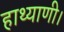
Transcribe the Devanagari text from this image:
हाथ्याणी।